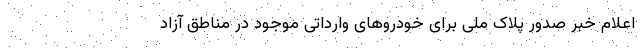
اعلام خبر صدور پلاک ملی برای خودروهای وارداتی موجود در مناطق آزاد